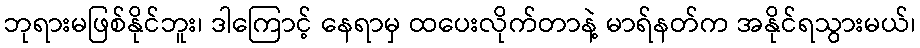
ဘုရားမဖြစ်နိုင်ဘူး၊ ဒါကြောင့် နေရာမှ ထပေးလိုက်တာနဲ့ မာရ်နတ်က အနိုင်ရသွားမယ်၊